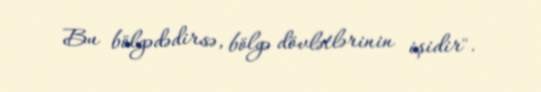
Bu bölgədədirsə, bölgə dövlətlərinin işidir".